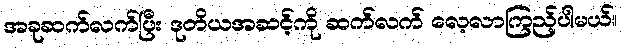
အခုဆက်လက်ပြီး ဒုတိယအဆင့်ကို ဆက်လက် လေ့လာကြည့်ပါမယ်။